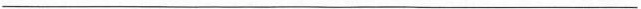
___